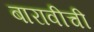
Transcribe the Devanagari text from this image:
बारावीची